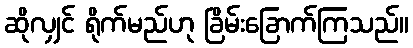
ဆိုလျှင် ရိုက်မည်ဟု ခြိမ်းခြောက်ကြသည်။